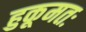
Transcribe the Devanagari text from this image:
हुकूमतः